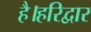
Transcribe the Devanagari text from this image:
है।हरिद्वार